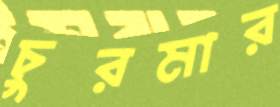
চুরমার